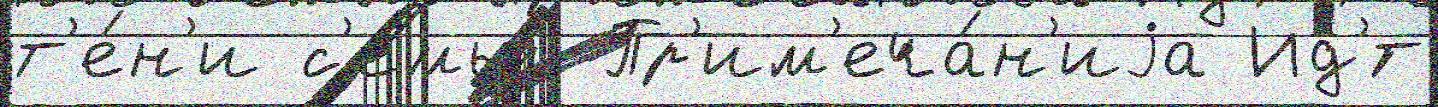
т'е́н'и с'емьи́ Пр'им'еча́н'иjа Ид'́т